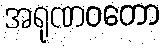
အရုဏဝတော